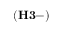
\mathbf { ( H 3 - ) }